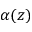
\alpha ( z )